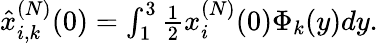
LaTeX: \begin{array}{r}{\hat{x}_{i,k}^{(N)}(0)=\int_{1}^{3}\frac{1}{2}x_{i}^{(N)}(0)\Phi_{k}(y)dy.}\end{array}